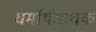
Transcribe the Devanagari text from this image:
धर्मार्थसाधक